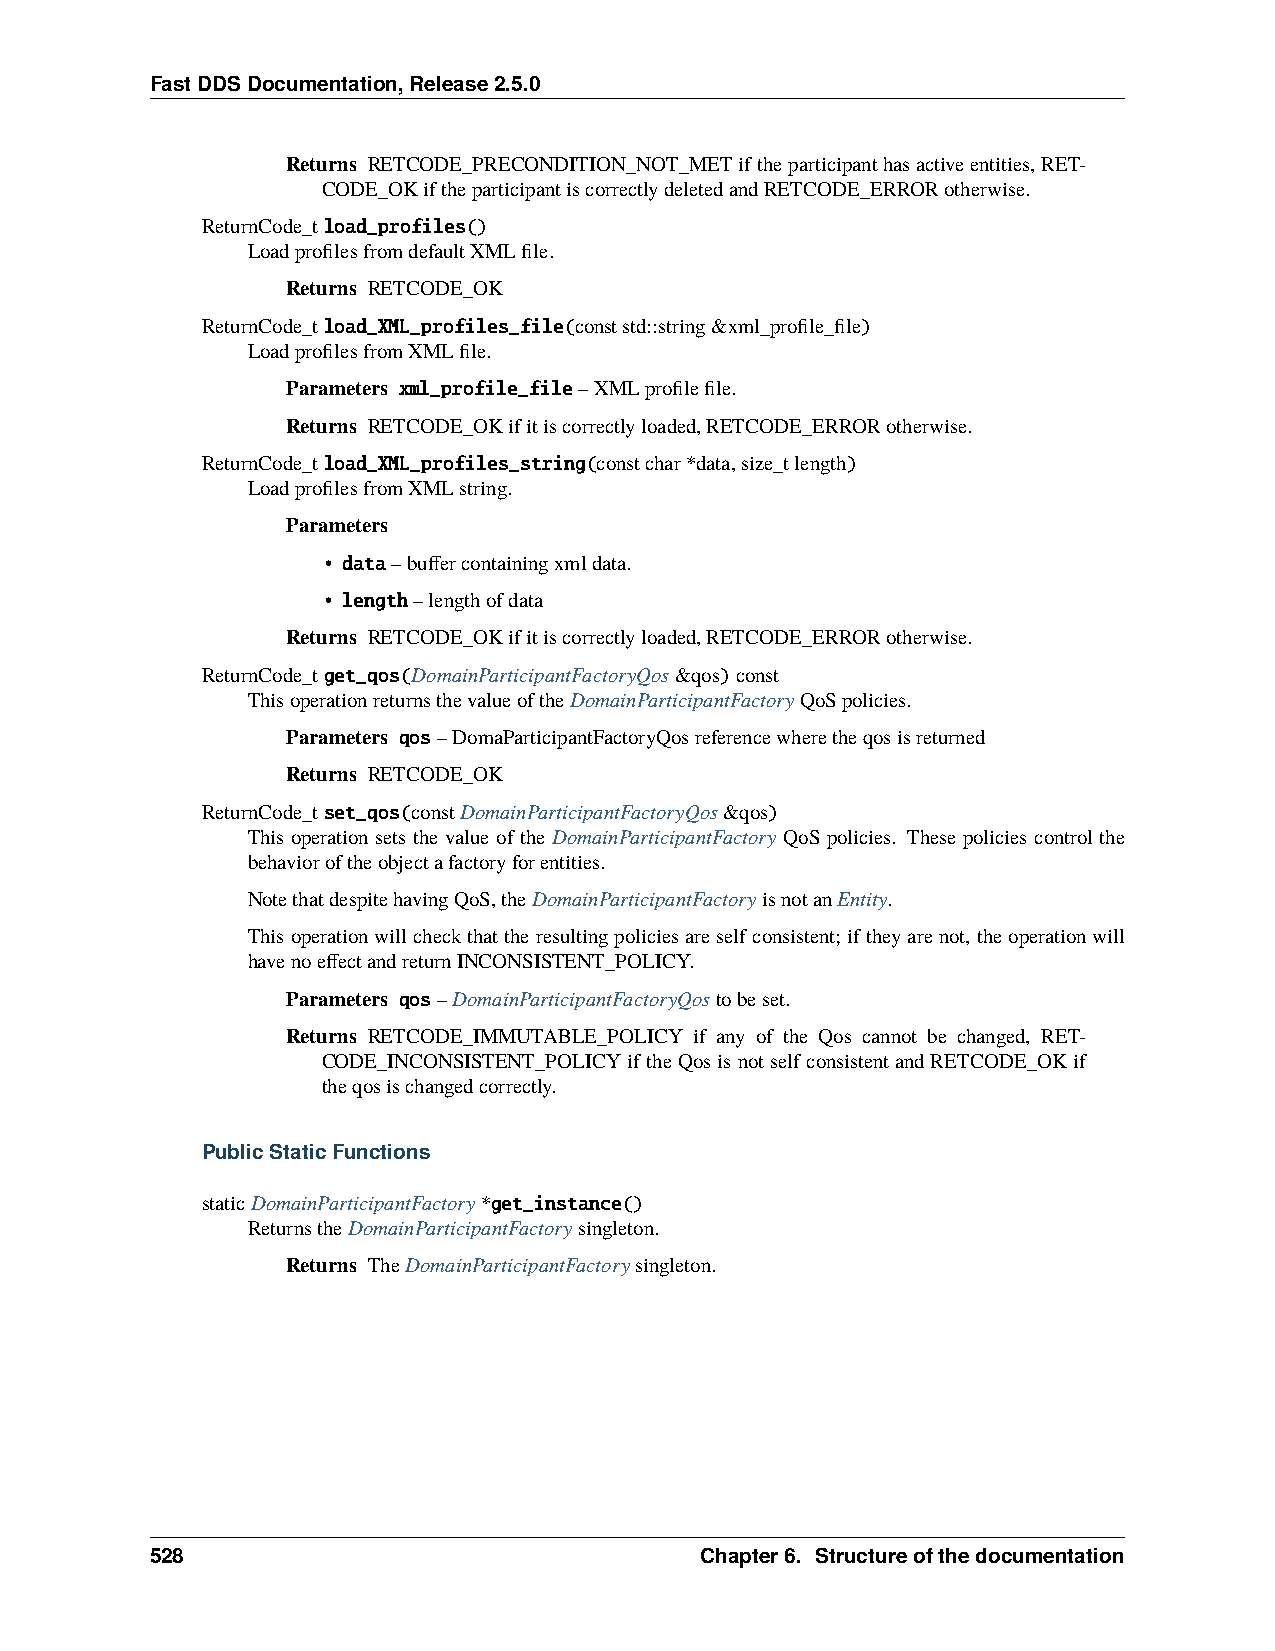
FastDDSDocumentation,Release2.5.0
 Returns RETCODE_PRECONDITION_NOT_METiftheparticipanthasactiveentities,RET-
 CODE_OKiftheparticipantiscorrectlydeletedandRETCODE_ERRORotherwise.
 ReturnCode_tload_profiles()
 LoadprofilesfromdefaultXMLfile.
 Returns RETCODE_OK
 ReturnCode_tload_XML_profiles_file(conststd::string&xml_profile_file)
 LoadprofilesfromXMLfile.
 Parameters xml_profile_file–XMLprofilefile.
 Returns RETCODE_OKifitiscorrectlyloaded,RETCODE_ERRORotherwise.
 ReturnCode_tload_XML_profiles_string(constchar*data,size_tlength)
 LoadprofilesfromXMLstring.
 Parameters
 • data–buffercontainingxmldata.
 • length–lengthofdata
 Returns RETCODE_OKifitiscorrectlyloaded,RETCODE_ERRORotherwise.
 ReturnCode_tget_qos(DomainParticipantFactoryQos&qos)const
 ThisoperationreturnsthevalueoftheDomainParticipantFactoryQoSpolicies.
 Parameters qos–DomaParticipantFactoryQosreferencewheretheqosisreturned
 Returns RETCODE_OK
 ReturnCode_tset_qos(constDomainParticipantFactoryQos&qos)
 This operation sets the value of the DomainParticipantFactory QoS policies. These policies control the
 behavioroftheobjectafactoryforentities.
 NotethatdespitehavingQoS,theDomainParticipantFactoryisnotanEntity.
 Thisoperationwillcheckthattheresultingpoliciesareselfconsistent; iftheyarenot, theoperationwill
 havenoeffectandreturnINCONSISTENT_POLICY.
 Parameters qos–DomainParticipantFactoryQostobeset.
 Returns RETCODE_IMMUTABLE_POLICY if any of the Qos cannot be changed, RET-
 CODE_INCONSISTENT_POLICYiftheQosisnotselfconsistentandRETCODE_OKif
 theqosischangedcorrectly.
 PublicStaticFunctions
 staticDomainParticipantFactory*get_instance()
 ReturnstheDomainParticipantFactorysingleton.
 Returns TheDomainParticipantFactorysingleton.
 528                                 Chapter6. Structureofthedocumentation